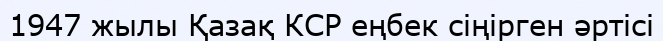
1947 жылы Қазақ КСР еңбек сіңірген әртісі